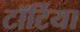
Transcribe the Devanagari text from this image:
टॉर्टिया